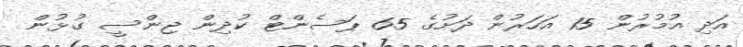
އަދި އުމުރުން 15 އަހަރުން ދަށުގެ 65 ޕަސެންޓް ކުދިން ޖިންސީ ގުޅުން